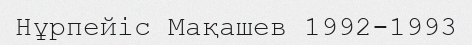
Нұрпейіс Мақашев 1992-1993